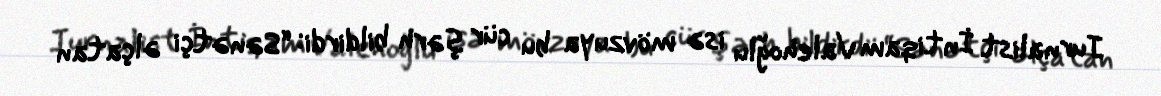
Jurnalist İntiqam Valehoğlu isə mövzuya bu cür şərh bildirdi: “Sənətçi əlçatan